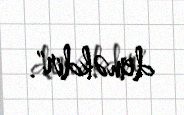
deməkdir".